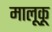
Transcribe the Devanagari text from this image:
मालूकू